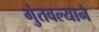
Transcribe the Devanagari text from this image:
गुंतवल्याने